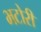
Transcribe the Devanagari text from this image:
भटोरी